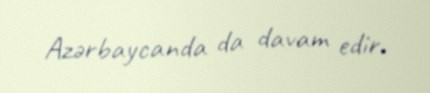
Azərbaycanda da davam edir.